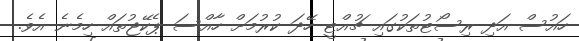
ހައުސް އަދި ރިސޯޓުތަކުގައި ޗުއްޓީ ހޭދަ ކުރުމަށް ހާއްސަ ޕެކޭޖުތައް ހިމެނެ އެވެ.